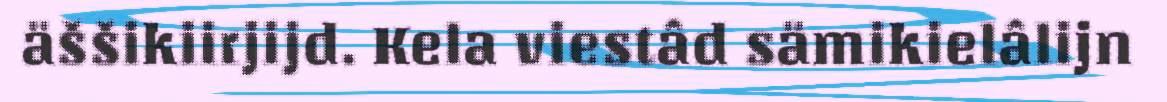
äššikiirjijd. Kela viestâd sämikielâlijn